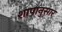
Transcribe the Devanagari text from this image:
शापानुसार